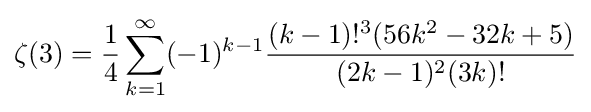
\zeta (3)={\frac {1}{4}}\sum _{k=1}^{\infty }(-1)^{k-1}{\frac {(k-1)!^{3}(56k^{2}-32k+5)}{(2k-1)^{2}(3k)!}}